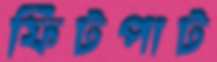
ফিটপাট